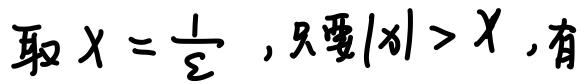
取 $X = \frac{1}{\varepsilon}$ , 只要 $|x| > X$ , 有